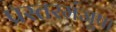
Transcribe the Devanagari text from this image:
प्रस्तरमंजूषा